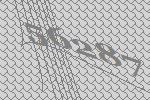
56287